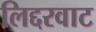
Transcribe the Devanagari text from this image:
लिद्दरवाट